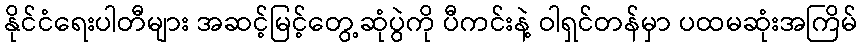
နိုင်ငံရေးပါတီများ အဆင့်မြင့်တွေ့ဆုံပွဲကို ပီကင်းနဲ့ ဝါရှင်တန်မှာ ပထမဆုံးအကြိမ်